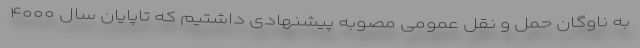
به ناوگان حمل و نقل عمومی مصوبه پیشنهادی داشتیم که تاپایان سال ۴۰۰۰